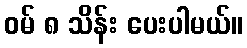
ဝမ် ၈ သိန်း ပေးပါမယ်။